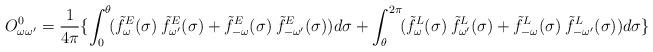
LaTeX: \begin{align*}O_{\omega\omega'}^0 = \frac{1}{4\pi} \{\int_0^{\theta}\!(\tilde{f}_\omega^E(\sigma)\:\tilde{f}_{\omega'}^E(\sigma) + \tilde{f}_{-\omega}^E(\sigma)\:\tilde{f}_{-\omega'}^E(\sigma)) d\sigma + \int_{\theta}^{2\pi}\!(\tilde{f}_\omega^L(\sigma)\:\tilde{f}_{\omega'}^L(\sigma) + \tilde{f}_{-\omega}^L(\sigma)\:\tilde{f}_{-\omega'}^L(\sigma) ) d\sigma\}\end{align*}